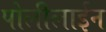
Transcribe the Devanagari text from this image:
पोलीलाईन